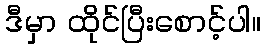
ဒီမှာ ထိုင်ပြီးစောင့်ပါ။